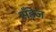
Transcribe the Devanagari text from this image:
सँडेज